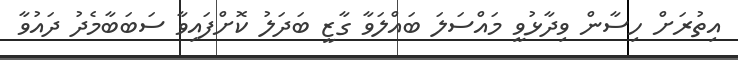
އިތުރަށް ހިސާން ވިދާޅުވީ މައްސަލަ ބައްލަވާ ގާޒީ ބަދަލު ކޮށްފައިވާ ސަބަބާމެދު ދައުވާ